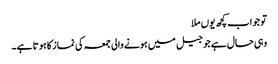
تو جواب کچھ یوں ملا
وہی حال ہے جو جیل میں ہونے والی جمعہ کی نماز کا ہوتا ہے۔